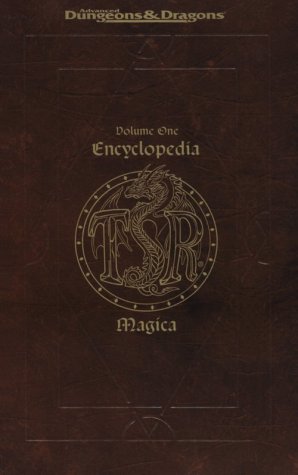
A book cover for ENCYCLOPEDIA MAGICA, VOLUME 1; Dale Henson; Reference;